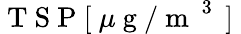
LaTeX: \mathrm{~T~S~P~[~}\mu\mathrm{~g~/~m~}^{\mathrm{~3~}}\mathrm{~]~}